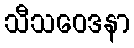
သီသဝေဒနာ